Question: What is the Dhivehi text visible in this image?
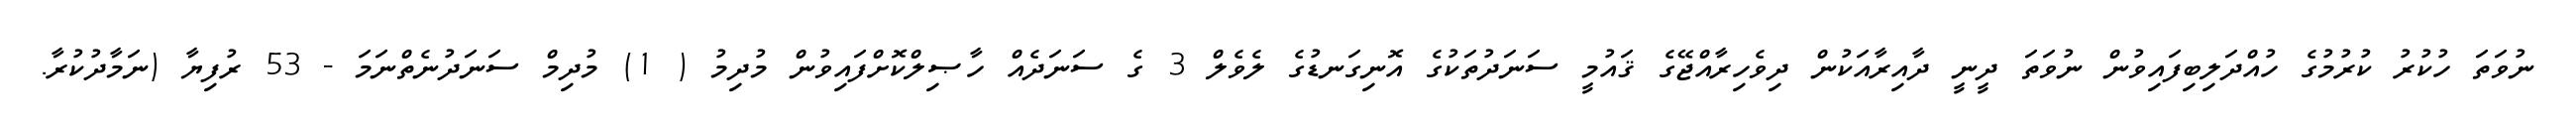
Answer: ނުވަތަ ހުކުރު ކުރުމުގެ ހުއްދަލިބިފައިވުން ނުވަތަ ދީނީ ދާއިރާއަކުން ދިވެހިރާއްޖޭގެ ޤައުމީ ސަނަދުތަކުގެ އޮނިގަނޑުގެ ލެވެލް 3 ގެ ސަނަދެއް ހާޞިލްކޮށްފައިވުން މުދިމު ( 1) މުދިމް ސަނަދުނެތްނަމަ - 53 ރުފިޔާ (ނަމާދުކުރާ.